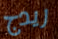
ريدج